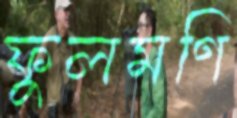
ফুলমণি